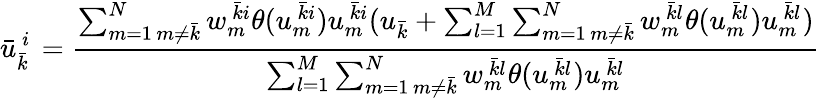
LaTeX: \bar{u}_{\bar{k}\ }^{\ i}=\frac{\sum_{\substack{m=1\, m\neq\bar{k}}}^{N}w_{m\ }^{\ \bar{k}i}\theta(u_{m\ }^{\ \bar{k}i})u_{m\ }^{\ \bar{k}i}(u_{\bar{k}}+\sum_{l=1}^{M}\sum_{\substack{m=1\, m\neq\bar{k}}}^{N}w_{m\ }^{\ \bar{k}l}\theta(u_{m\ }^{\ \bar{k}l})u_{m\ }^{\ \bar{k}l})}{\sum_{l=1}^{M}\sum_{\substack{m=1\, m\neq\bar{k}}}^{N}w_{m\ }^{\ \bar{k}l}\theta(u_{m\ }^{\ \bar{k}l})u_{m\ }^{\ \bar{k}l}}